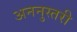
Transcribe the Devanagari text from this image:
अननुस्तरी